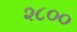
૨૮૦૦